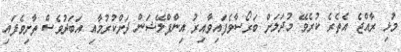
މުޅި ރާއްޖެ އެތެރެ ކުރެވޭ މުދަލަށް ބަރޯސާވެފައިވާއިރު އިންފްލޭޝަން ދަށްކުރުމާއި އަބަދުވެސް ތާށިވެފައި